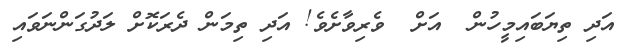
އަދި ތިޔަބައިމީހުން  އަށް  ވެރިވާށެވެ! އަދި ތިމަން ދެރަކޮށް ލަދުގަންނަވައި